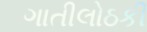
ગાતીલોઠકી